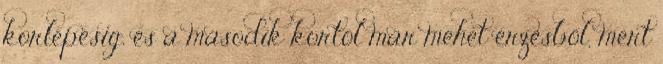
korlépésig, és a második kortól már mehet érzésből, mert